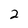
Character: 2